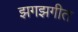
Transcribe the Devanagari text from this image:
झगझगीत